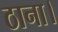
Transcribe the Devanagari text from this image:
ठाना।